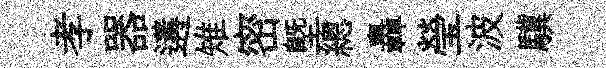
孝器遘雉密塈總轟瑩波驥